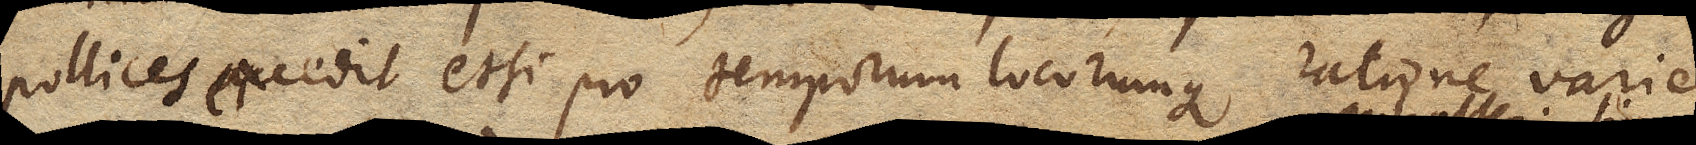
pollices excedit, etsi pro temporum locorumque ratione variet.